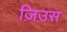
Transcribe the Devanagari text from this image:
ज़िउस